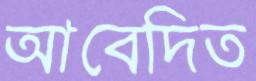
আবেদিত